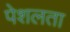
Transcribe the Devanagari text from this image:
पेशलता